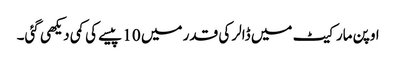
اوپن مارکیٹ میں ڈالر کی قدر میں 10 پیسے کی کمی دیکھی گئی۔